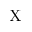
\mathrm { X }